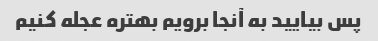
پس بیایید به آنجا برویم بهتره عجله کنیم